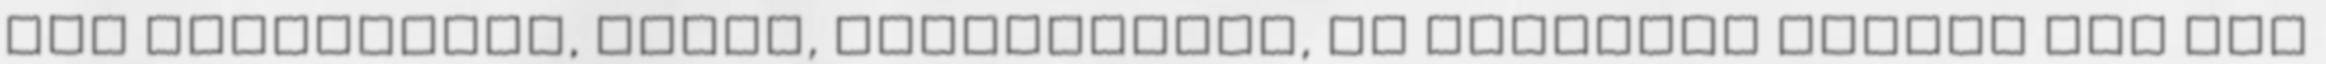
itt félreértés, harag, rivalizálás, de mindezek mögött ott áll